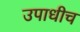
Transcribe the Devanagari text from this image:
उपाधीच